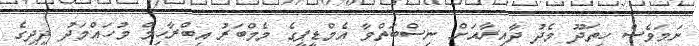
ނަމަވެސް ހިތަދޫ މެދު ދާއިރާއަށް ނިސްބަތްވާ އެމްޑީޕީގެ މެމްބަރު އިބްރާހިމް މުހައްމަދު ދީދީގެ